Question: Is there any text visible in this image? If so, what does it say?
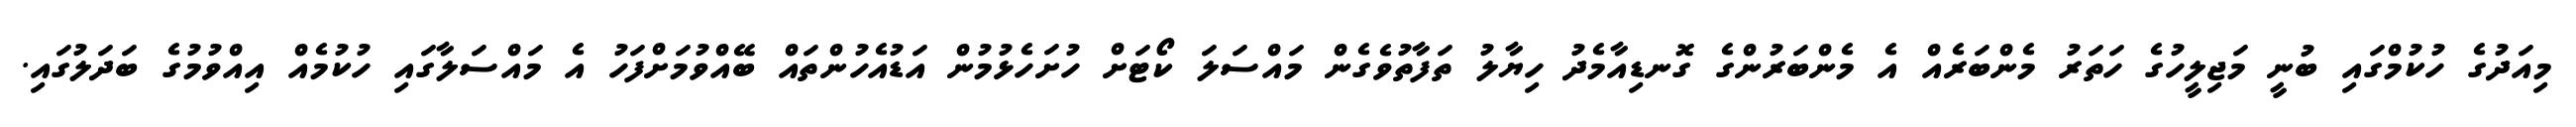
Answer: މިއަދުގެ ހުކުމްގައި ބުނީ މަޖިލީހުގެ ހަތަރު މެންބަރެއް އެ މެންބަރުންގެ ގޮނޑިއާމެދު ހިޔާލު ތަފާތުވެގެން މައްސަލަ ކޯޓަށް ހުށަހެޅުމުން އަޑުއެހުންތައް ބޭއްވުމަށްފަހު އެ މައްސަލާގައި ހުކުމެއް އިއްވުމުގެ ބަދަލުގައި.